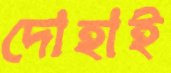
দোহাই